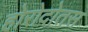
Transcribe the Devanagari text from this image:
होरोदोतस